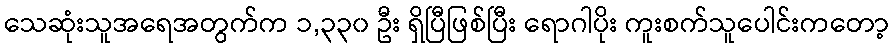
သေဆုံးသူအရေအတွက်က ၁,၃၃၀ ဦး ရှိပြီဖြစ်ပြီး ရောဂါပိုး ကူးစက်သူပေါင်းကတော့